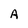
Character: A